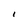
Character: 1